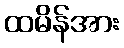
ထမိန်အား